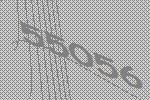
55056